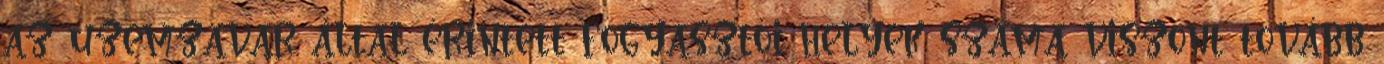
az üzemzavar által érintett fogyasztói helyek száma viszont tovább